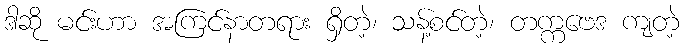
ဒါဆို မင်းဟာ အကြင်နာတရား ရှိတဲ့၊ သန့်စင်တဲ့၊ တက္ကဗေဒ ကျတဲ့